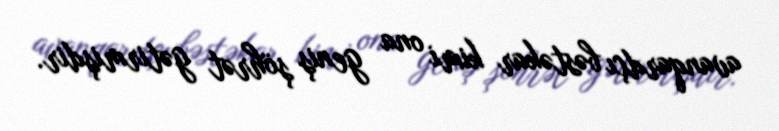
avanqardçı bəstəkar kimi ona geniş şöhrət gətirmişdir.